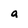
Character: a